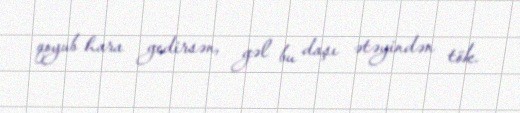
qoyub hara gedirsən, gəl bu daşı ətəyindən tök.